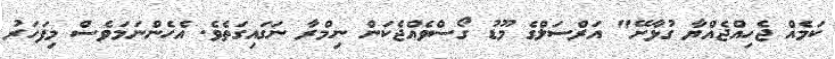
ކަމެއް ޖެހިއްޖެއްޔާ ގުޅާށޭ" އަރްސަލްގެ މޫޑު ގޯސްވެއްޖެކަން ނިމްރާ ނަގައިގަތެވެ. އެހެންނަމަވެސް މިފަހަރު